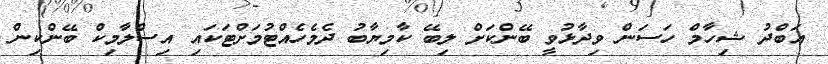
އަބްދު ޝިހާމް ހަސަން ވިދާޅުވީ ބޭންކަށް ލިބޭ ކާމިޔާބު ދެމެހެއްޓުމަށްޓަކައި އިސްލާމިކް ބޭންކިން